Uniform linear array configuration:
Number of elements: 4
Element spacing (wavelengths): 0.75
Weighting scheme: hamming
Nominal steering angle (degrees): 15
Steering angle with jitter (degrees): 15.702
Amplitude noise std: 0.05
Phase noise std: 0.05

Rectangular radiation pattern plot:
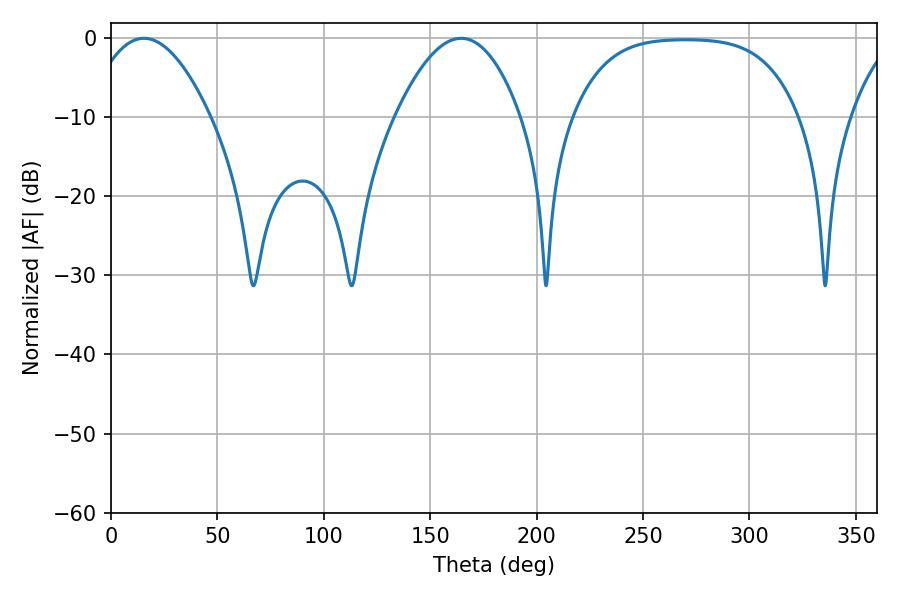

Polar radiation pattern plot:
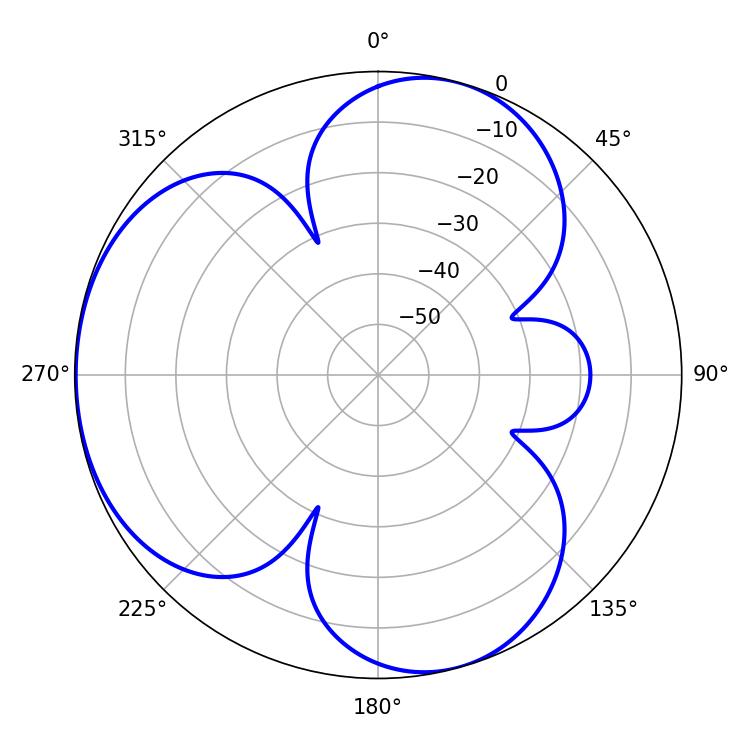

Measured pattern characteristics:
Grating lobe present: TRUE
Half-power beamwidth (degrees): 32.04
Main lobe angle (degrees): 15.48